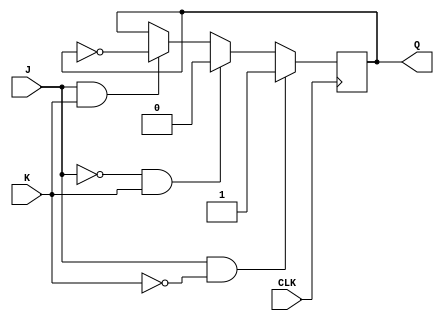
module jk_flip_flop (
    input wire J,
    input wire K,
    input wire CLK,
    output reg Q
);

reg Q_next;

always @ (negedge CLK) begin
    if (J & ~K)
        Q_next <= 1;
    else if (~J & K)
        Q_next <= 0;
    else if (J & K)
        Q_next <= ~Q;
    else
        Q_next <= Q;
end

always @* begin
    Q <= Q_next;
end

endmodule